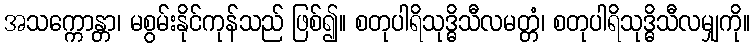
အသက္ကောန္တာ၊ မစွမ်းနိုင်ကုန်သည် ဖြစ်၍။ စတုပါရိသုဒ္ဓိသီလမတ္တံ၊ စတုပါရိသုဒ္ဓိသီလမျှကို။